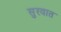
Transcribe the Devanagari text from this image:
सुुरवात